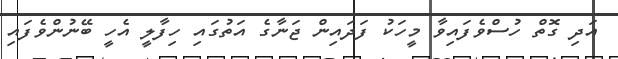
އަދި ގޮތް ހުސްވެފައިވާ މީހަކު ފަދައިން ޖަނާގެ އަތުގައި ހިފާލީ އެހީ ބޭނުންވެފައި